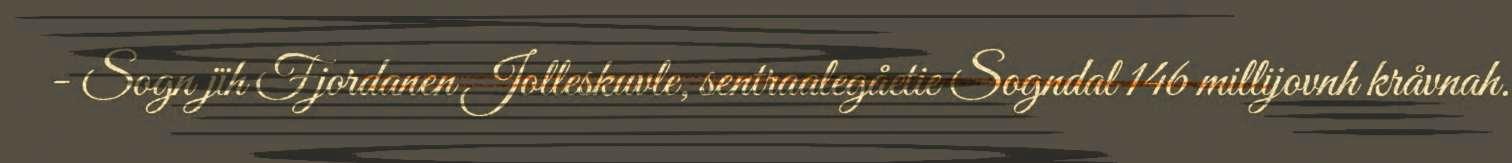
- Sogn jïh Fjordanen Jolleskuvle, sentraalegåetie Sogndal 146 millijovnh kråvnah.